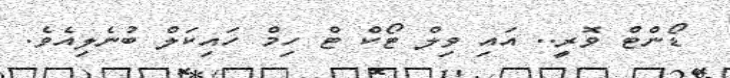
ޑޯންޓް ވޮރީ.. އައި ވިލް ޓޯކް ޓް ހިމް ހައިކަލް ބުނެލިއެވެ.